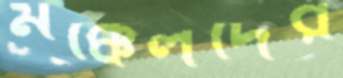
মক্কেলদের